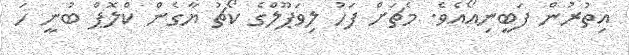
އިތުރުން ފަބީނިއޯއެވެ. މެޗަށް ފަހު ލިވަޕޫލްގެ ކޯޗު ޔާގެން ކްލޮޕް ބުނީ ހަ